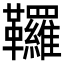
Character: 𩎊